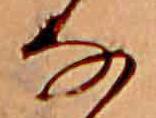
な